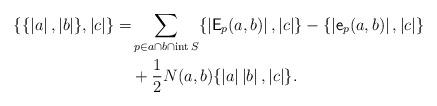
LaTeX: \begin{align*}\{\{\left|a\right|,\left|b\right|\},\left|c\right|\}=&\sum_{p\in a\cap b\cap\operatorname{int}S}\{\left|\mathsf{E}_p(a,b)\right|,\left|c\right|\}-\{\left|\mathsf{e}_p(a,b)\right|,\left|c\right|\}\\&+\frac{1}{2}N(a,b)\{\left|a\right|\left|b\right|,\left|c\right|\}.\end{align*}